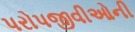
પરોપજીવીઓની